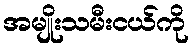
အမျိုးသမီးငယ်ကို